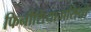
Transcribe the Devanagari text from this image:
फिनीशियावासियों